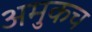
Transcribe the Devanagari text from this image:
अमुकच